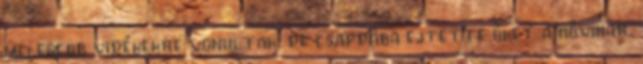
melegebb vidékekre vonultak, de csapdába ejtette őket a hóvihar.